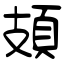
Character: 頍